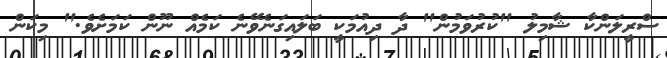
ސްރީލަންކާ ޝާމިލު "ކުރުވަމުން" ދާ ދިއުމަކީ ބަލައިގަނެވޭނެ ކަމެއް ނޫން ކަމަށެވެ." މިކަން